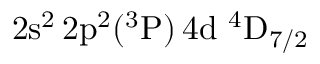
\mathrm { 2 s ^ { 2 } \, 2 p ^ { 2 } ( ^ { 3 } P ) \, 4 d ~ ^ { 4 } D _ { 7 / 2 } }